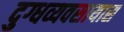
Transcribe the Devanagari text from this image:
दुग्धव्यवसायास